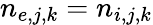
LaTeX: n_{e,j,k}=n_{i,j,k}